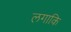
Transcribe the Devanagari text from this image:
लगाकि